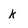
Character: k